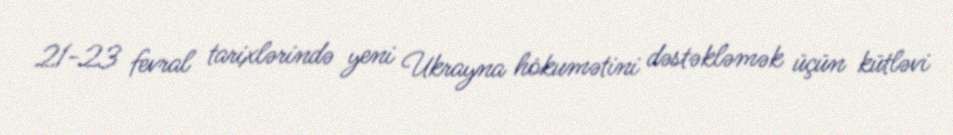
21-23 fevral tarixlərində yeni Ukrayna hökumətini dəstəkləmək üçün kütləvi